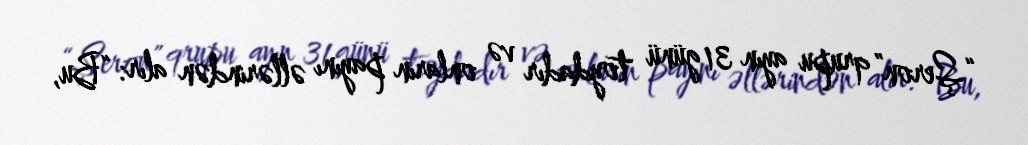
“Şeron” qrupu ayın 31 günü toydadır və onların payını əllərindən alır: “Bu,